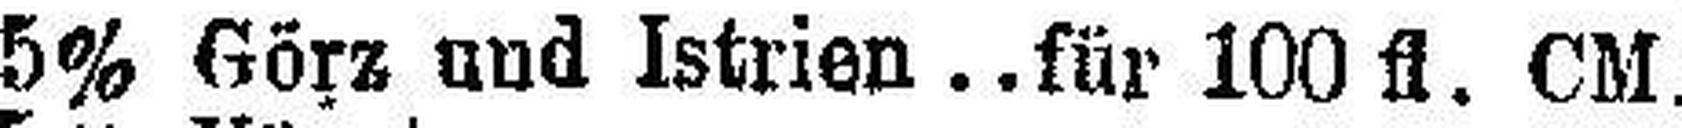
5% Görz und Istrien..für 100 fl. CM.